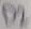
Text: D2